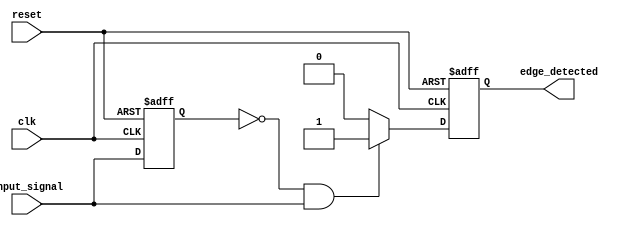
module rising_edge_detector (
    input wire clk,            // Clock signal
    input wire reset,          // Asynchronous reset signal
    input wire input_signal,    // Input signal to detect edges
    output reg edge_detected    // Output signal indicating rising edge detected
);

    // Internal register to hold the previous value of the input signal
    reg previous_signal;

    // Always block triggered on the rising edge of the clock or when reset is high
    always @(posedge clk or posedge reset) begin
        if (reset) begin
            edge_detected <= 0;       // Reset output to 0
            previous_signal <= 0;      // Reset previous signal to 0
        end else begin
            // Edge detection logic
            if (previous_signal == 0 && input_signal == 1) begin
                edge_detected <= 1;     // Rising edge detected, output high for one clock cycle
            end else begin
                edge_detected <= 0;     // No edge, output low
            end
            
            // Update the previous signal to the current input for the next cycle
            previous_signal <= input_signal;
        end
    end

endmodule